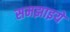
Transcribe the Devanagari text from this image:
समझाइये